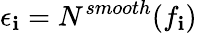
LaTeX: \epsilon_{\mathbf{i}}=N^{smooth}(f_{\mathbf{i}})